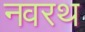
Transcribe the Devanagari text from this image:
नवरथ